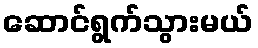
ဆောင်ရွက်သွားမယ်